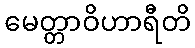
မေတ္တာဝိဟာရီတိ